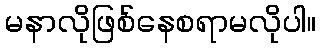
မနာလိုဖြစ်နေစရာမလိုပါ။